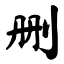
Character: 删